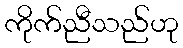
ကိုက်ညီသည်ဟု